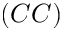
( C C )